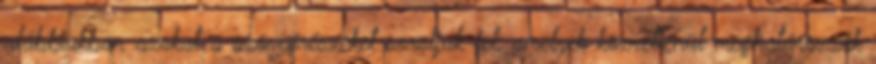
alábbiakban azokat a szövegrészeket soroljuk fel, amelyek közvetlenül meghatározzák